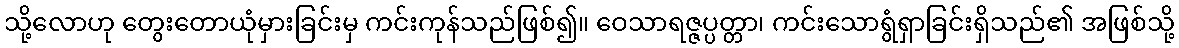
သို့လောဟု တွေးတောယုံမှားခြင်းမှ ကင်းကုန်သည်ဖြစ်၍။ ဝေသာရဇ္ဇပ္ပတ္တာ၊ ကင်းသောရွံရှာခြင်းရှိသည်၏ အဖြစ်သို့